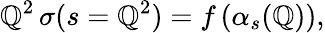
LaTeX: \mathbb{Q}^{2}\, \sigma(s=\mathbb{Q}^{2})=f\left(\alpha_{s}(\mathbb{Q})\right),